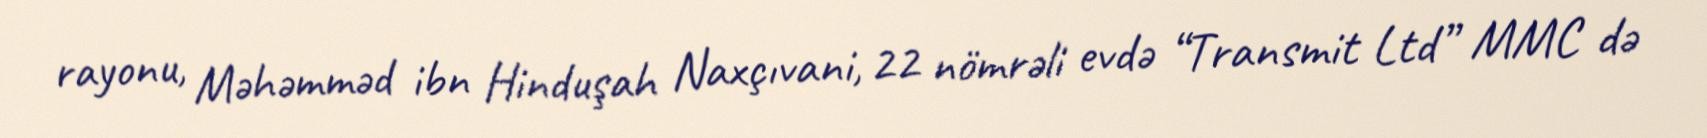
rayonu, Məhəmməd ibn Hinduşah Naxçıvani, 22 nömrəli evdə “Transmit Ltd” MMC də